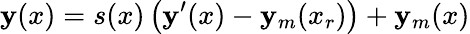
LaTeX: \mathbf{y}(x)=s(x)\left(\mathbf{y}^{\prime}(x)-\mathbf{y}_{m}(x_{r})\right)+\mathbf{y}_{m}(x)